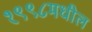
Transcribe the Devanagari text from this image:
१९९८मधील